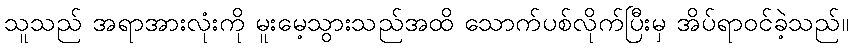
သူသည် အရာအားလုံးကို မူးမေ့သွားသည်အထိ သောက်ပစ်လိုက်ပြီးမှ အိပ်ရာဝင်ခဲ့သည်။